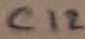
Text: C12